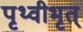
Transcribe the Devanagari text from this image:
पृथ्वीभृत्